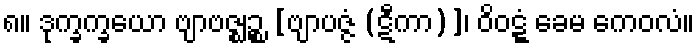
၈။ ဒုက္ခက္ခယော ဗျာဗဇ္ဈဉ္စ [ဗျာပဇ္ဇံ (ဋီကာ)]၊ ဝိဝဋ္ဋံ ခေမ ကေဝလံ။